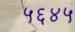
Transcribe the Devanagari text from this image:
५६४५